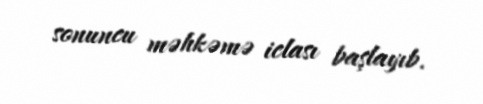
sonuncu məhkəmə iclası başlayıb.